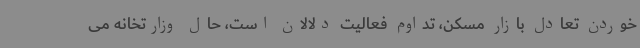
خوردن تعادل بازار مسکن، تداوم فعالیت دلالان است، حال وزارتخانه می